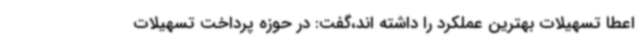
اعطا تسهیلات بهترین عملکرد را داشته اند،گفت: در حوزه پرداخت تسهیلات